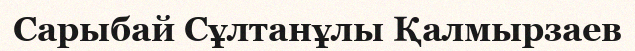
Сарыбай Сұлтанұлы Қалмырзаев